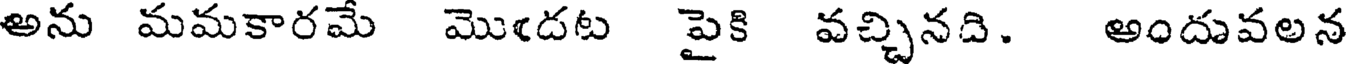
అను మమకారమే మొఁదట పైకి వచ్చినది. అందువలన